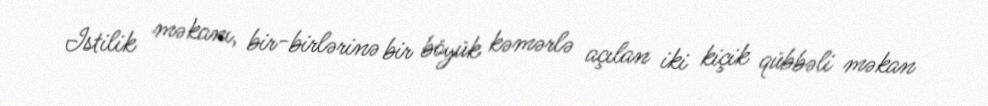
Istilik məkanı, bir-birlərinə bir böyük kəmərlə açılan iki kiçik qübbəli məkan